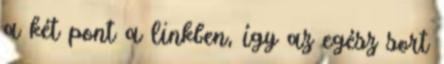
a két pont a linkben, így az egész sort